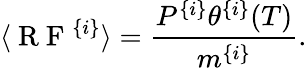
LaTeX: \langle\mathrm{~R~F~}^{\{ i\} }\rangle=\frac{P^{\{ i\} }\theta^{\{ i\} }(T)}{m^{\{ i\} }}.